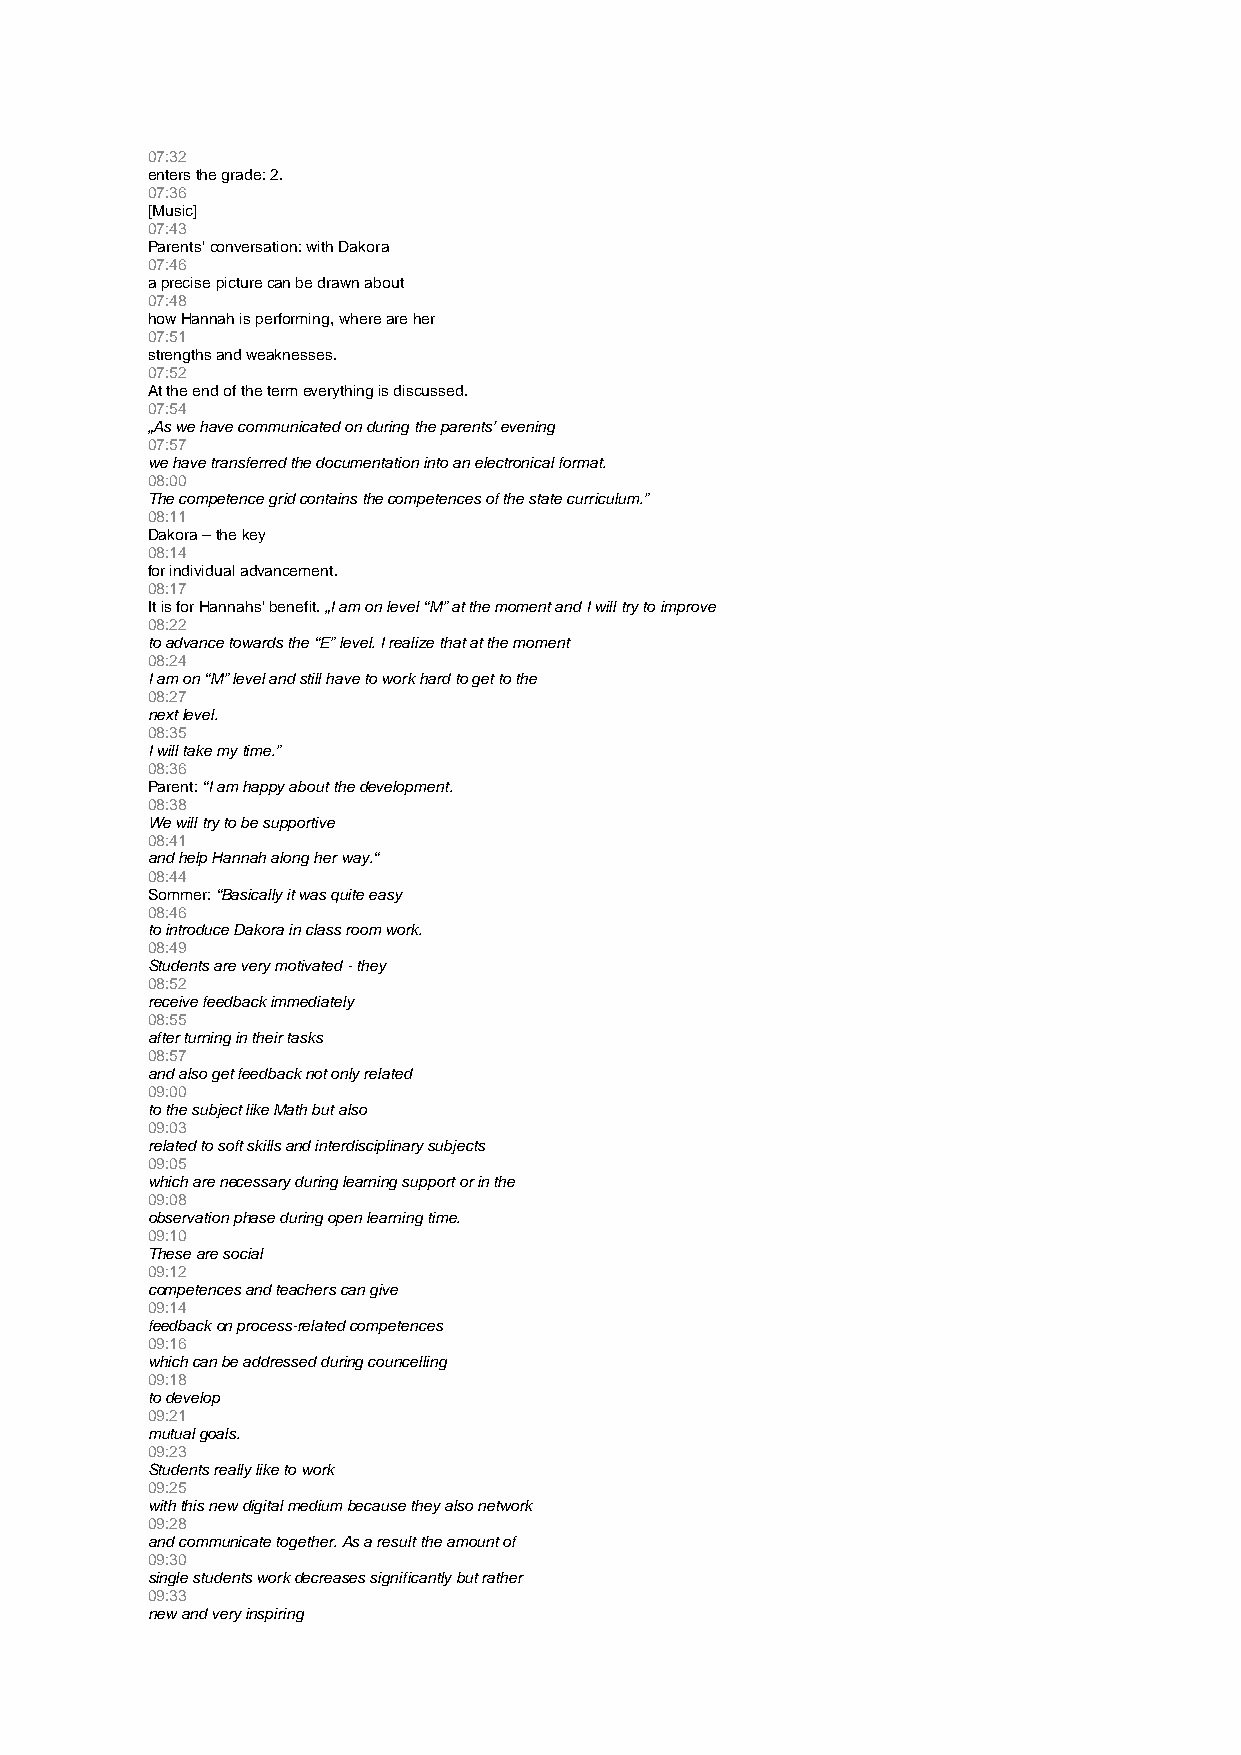
07:32
 enters the grade: 2.
 07:36
 [Music]
 07:43
 Parents‘ conversation: with Dakora
 07:46
 a precise picture can be drawn about
 07:48
 how Hannah is performing, where are her
 07:51
 strengths and weaknesses.
 07:52
 At the end of the term everything is discussed.
 07:54
 „As we have communicated on during the parents’ evening
 07:57
 we have transferred the documentation into an electronical format.
 08:00
 The competence grid contains the competences of the state curriculum.”
 08:11
 Dakora – the key
 08:14
 for individual advancement.
 08:17
 It is for Hannahs‘ benefit. „I am on level “M” at the moment and I will try to improve
 08:22
 to advance towards the “E” level. I realize that at the moment
 08:24
 I am on “M” level and still have to work hard to get to the
 08:27
 next level.
 08:35
 I will take my time.”
 08:36
 Parent: “I am happy about the development.
 08:38
 We will try to be supportive
 08:41
 and help Hannah along her way.“
 08:44
 Sommer: “Basically it was quite easy
 08:46
 to introduce Dakora in class room work.
 08:49
 Students are very motivated - they
 08:52
 receive feedback immediately
 08:55
 after turning in their tasks
 08:57
 and also get feedback not only related
 09:00
 to the subject like Math but also
 09:03
 related to soft skills and interdisciplinary subjects
 09:05
 which are necessary during learning support or in the
 09:08
 observation phase during open learning time.
 09:10
 These are social
 09:12
 competences and teachers can give
 09:14
 feedback on process-related competences
 09:16
 which can be addressed during councelling
 09:18
 to develop
 09:21
 mutual goals.
 09:23
 Students really like to work
 09:25
 with this new digital medium because they also network
 09:28
 and communicate together. As a result the amount of
 09:30
 single students work decreases significantly but rather
 09:33
 new and very inspiring